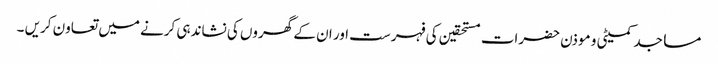
مساجد کمیٹی و موذن حضرات مستحقین کی فہرست اور ان کے گھروں کی نشاندہی کرنے میں تعاون کریں ۔